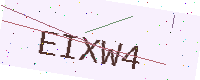
Text: EIXW4